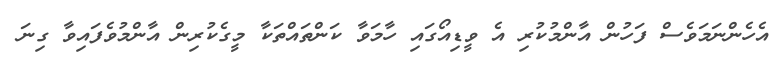
އެހެންނަމަވެސް ފަހުން އާންމުކުރި އެ ވީޑިއޯގައި ހާމަވާ ކަންތައްތަކާ މީގެކުރިން އާންމުވެފައިވާ ގިނަ